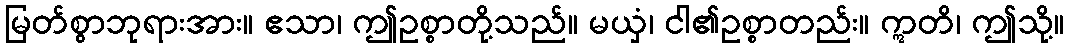
မြတ်စွာဘုရားအား။ ဧသာ၊ ဤဥစ္စာတို့သည်။ မယှံ၊ ငါ၏ဥစ္စာတည်း။ ဣတိ၊ ဤသို့။